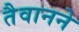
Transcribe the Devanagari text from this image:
तैवानने